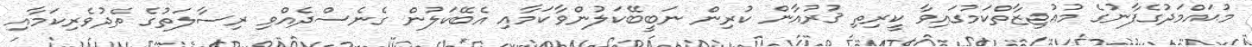
މުޙައްމަދުގެފާނުގެ މުޢުޖިޒާތްކަމުގައިވާ ކީރިތި ޤުރުއާން ކުރިން ނަބީބޭކަލުންވާކަމާއި އެބޭކަލުން ގެނެސްދެއްވި ރިސާލަތުގެ ތެދުވެރިކަމާއި